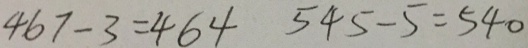
4 6 7 - 3 = 4 6 4 5 4 5 - 5 = 5 4 0